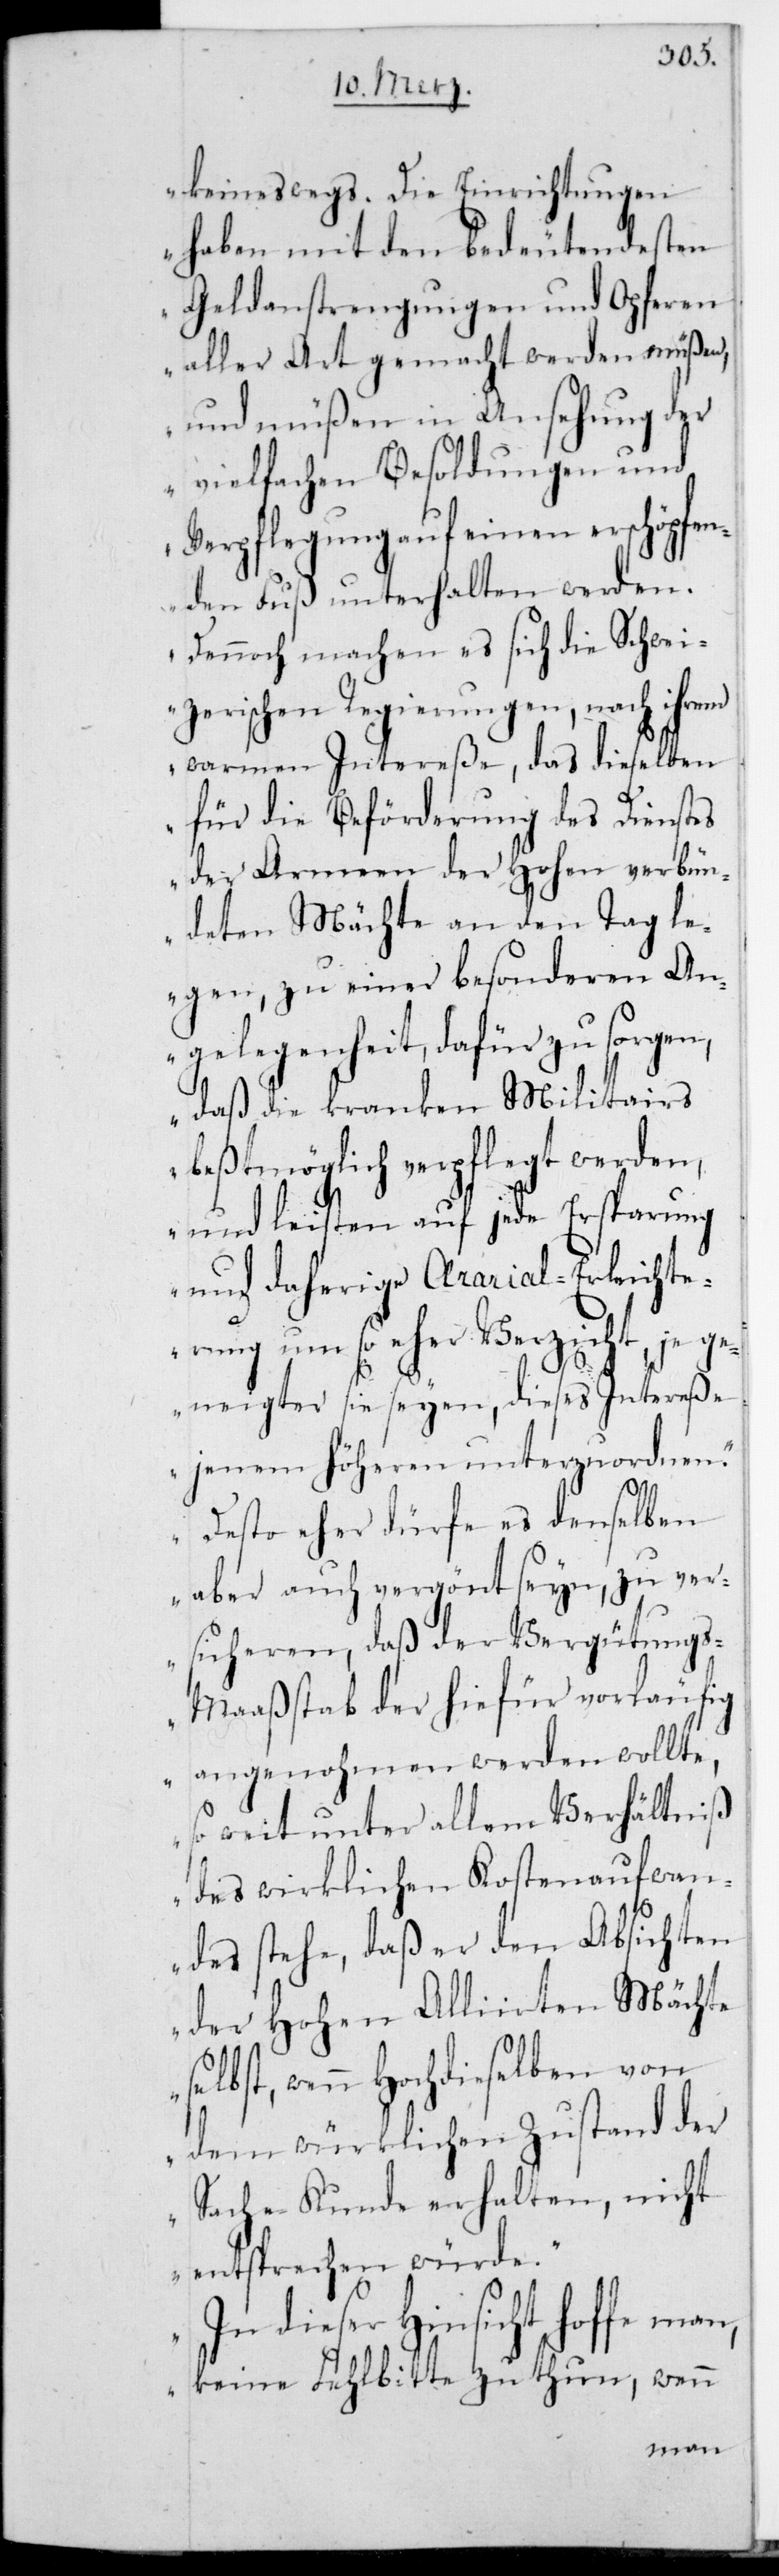
keineswegs. Die Einrichtungen
haben mit den bedeutendsten
Geldanstrengungen und Opferen
aller Art gemacht werden müßen,
und müßen in Ansehung der
vielfachen Besoldungen und
Verpflegung auf einen erschöpfe¬
nden Fuß unterhalten werden.
Dennoch machen es sich die schwei¬
zerischen Regierungen, nach ihrem
warmen Intereße, daß dieselben
für die Beförderung des Dienstes
der Armeen der Hohen verbün¬
deten Mächte an den Tag le¬
gen, zu einer besonderen An¬
gelegenheit, dafür zu sorgen,
daß die kranken Militairs
bestmöglich verpflegt werden,
und leisten auf jede Ersparung
und daherige Ærarial-Erleichte¬
rung um so eher Verzicht, je ge¬
neigter sie seyen, dieses Intereße
jenem Höheren unterzuordnen.
Desto eher dürfe es denselben
aber auch vergönnt seyn, zu ver¬
sicheren, daß der Vergütung¬
s-Maaßstab der hiefür vorläufig
angenohmen werden wollte,
so weit unter allem Verhältniß
des wirklichen Kostenaufwan¬
des stehe, daß er den Absichten
der Hohen Alliierten Mächte
selbst, wenn Hochdieselben von
dem würklichen Zustand der
Sache Kunde erhalten, nicht
entsprechen würde.
In dieser Hinsicht hoffe man,
keine Fehlbitte zu thun, wenn